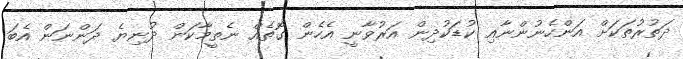
ދަތުރުތަކަށް އަންހެނުންނާއި ކުޑަކުދިން އަރުވާނީ އެހެން ގޮތެއް ނެތީމާކަން ދުނިޔެ ދަންނަން އެބަ